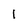
Character: I